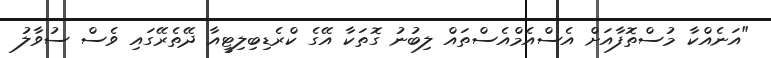
"އަނެއްކާ މުސްތޮފާއަށް އެސްއެމްއެސްތައް ލިބުނު ގޮތަކާ އޭގެ ކްރެޑިބިލިޓީއާ ދޭތެރޭގައި ވެސް ސުވާލު